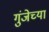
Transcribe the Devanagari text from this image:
गुंजेच्या